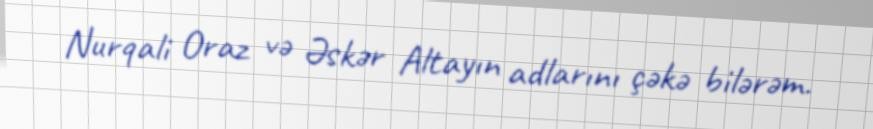
Nurqali Oraz və Əskər Altayın adlarını çəkə bilərəm.